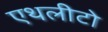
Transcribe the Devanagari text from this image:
एथलीटो